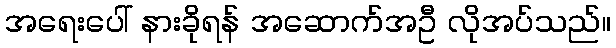
အရေးပေါ် နားခိုရန် အဆောက်အဦ လိုအပ်သည်။